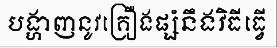
បង្ហាញនូវគ្រឿងផ្សំនឹងវិធីធ្វើ